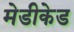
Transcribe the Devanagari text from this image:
मेडीकेड